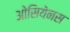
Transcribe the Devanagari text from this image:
ओसियेनस